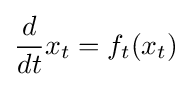
{\frac {d}{dt}}x_{t}=f_{t}(x_{t})